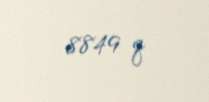
8849 q